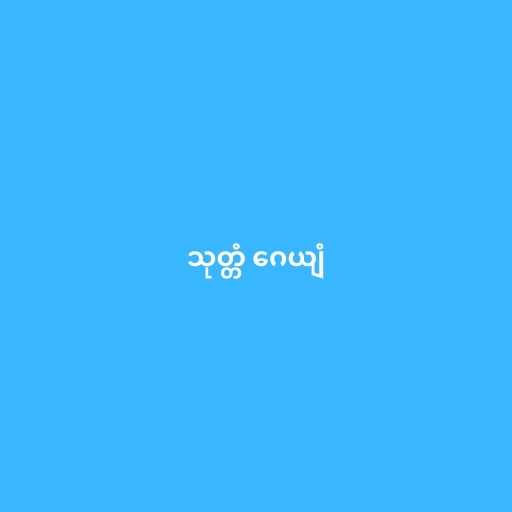
သုတ္တံ ဂေယျံ